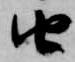
由